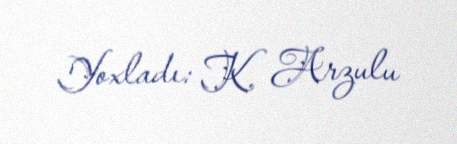
Yoxladı: K. Arzulu